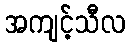
အကျင့်သီလ